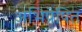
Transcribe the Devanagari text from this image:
अभिप्रेषित